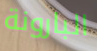
البارونة